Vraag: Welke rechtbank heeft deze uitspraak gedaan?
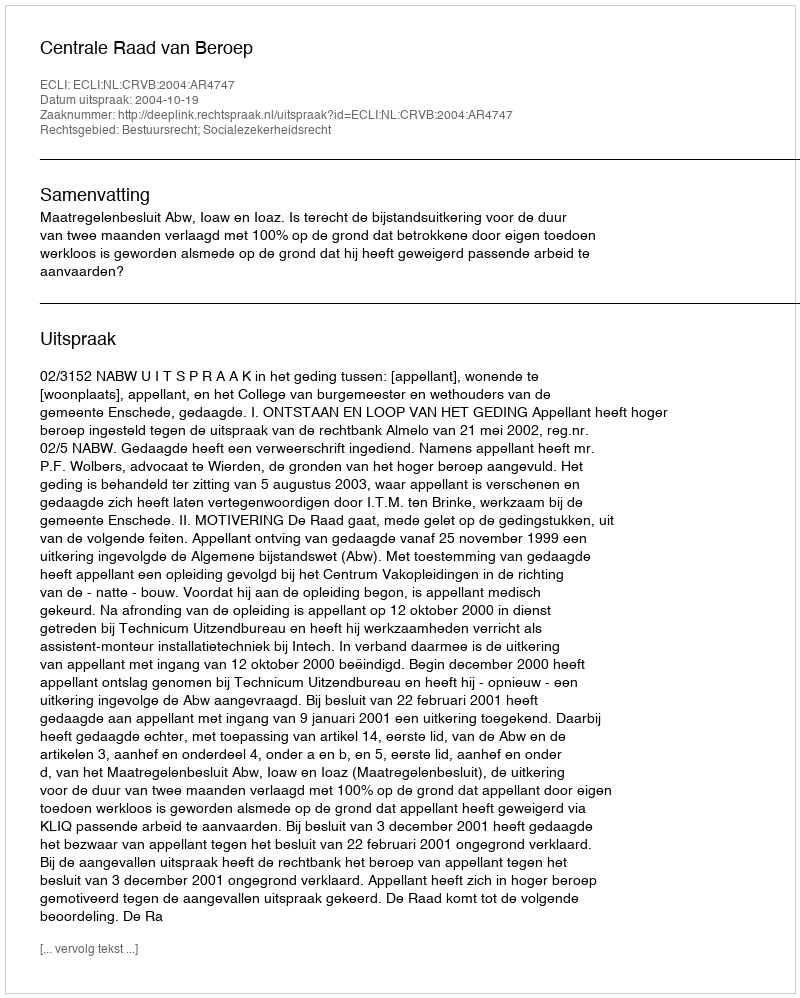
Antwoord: Centrale Raad van Beroep